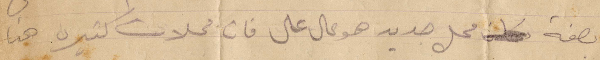
بصفة محل جديد هو عال عال فان محلات كثيرة هنا